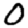
Digit: 0